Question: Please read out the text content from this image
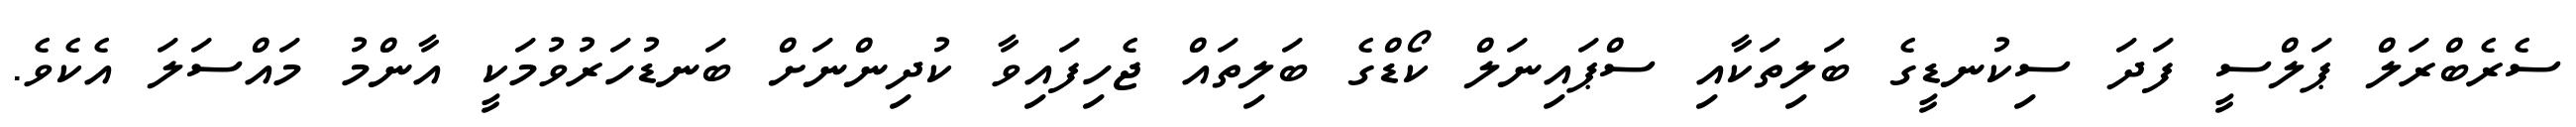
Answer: ސެރެބްރަލް ޕަލްސީ ފަދަ ސިކުނޑީގެ ބަލިތަކާއި ސްޕައިނަލް ކޯޑްގެ ބަލިތައް ޖެހިފައިވާ ކުދިންނަށް ބަނޑުހަރުވުމަކީ އާންމު މައްސަލަ އެކެވެ.